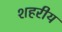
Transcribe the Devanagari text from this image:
शहरीय